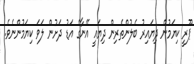
ޕޫރީ ކިޔަމުން ދިޔައިރު ބެލުންތެރިން ދިޔައީ އޭނާގެ އަޑު ދަށުން ލަވަ ކިޔަމުންނެވެ.